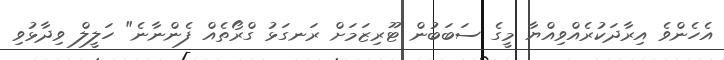
އެހެންވެ އިރާދަކުރެއްވިއްޔާ މީގެ ސަބަބުން ޓޫރިޒަމަށް ރަނގަޅު ގްރޯތެއް ފެންނާނެ" ހަލީލް ވިދާޅުވި